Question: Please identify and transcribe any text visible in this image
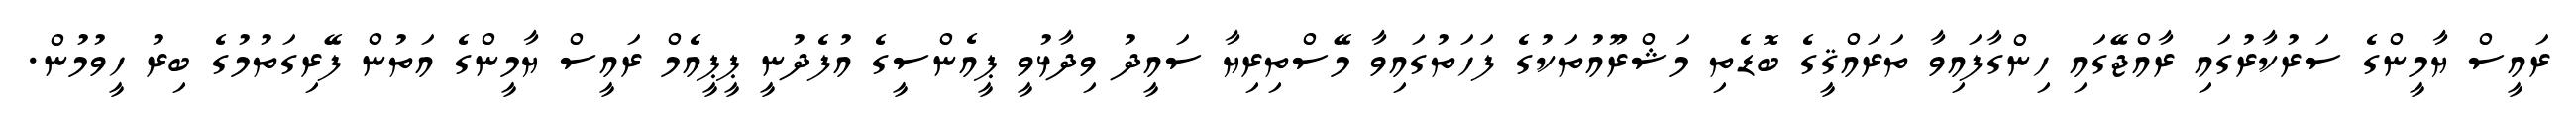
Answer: ރައީސް ޔާމީންގެ ސަރުކާރުގައި ރާއްޖޭގައި ހިންގާފައިވާ ތަރައްޤީގެ ބޮޑެތި މަޝްރޫއުތަކުގެ ފަހަތުގައިވާ މޭސްތިރިޔާ ސައީދު ވިދާޅުވީ ޕީއެންސީގެ އުފެދުނީ ޕީޕީއެމް ރައީސް ޔާމީންގެ އަތުން ފޭރިގަތުމުގެ ބިރު ހީވުމުން.